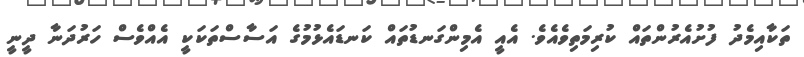
ތަކާއިމެދު ފުށުއެރުންތައް ކުރިމަތިވެއެވެ. އެއީ އެމިންގަނޑުތައް ކަނޑައެޅުމުގެ އަސާސްތަކަކީ އެއްވެސް ހަރުދަނާ ދީނީ